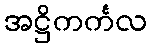
အဋ္ဌိကင်္ကလ